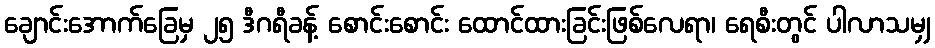
ချောင်းအောက်ခြေမှ ၂၅ ဒီဂရီခန့် စောင်းစောင်း ထောင်ထားခြင်းဖြစ်လေရာ၊ ရေစီးတွင် ပါလာသမျှ